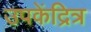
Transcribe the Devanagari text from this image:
उपकेंद्रित्र